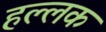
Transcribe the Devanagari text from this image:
हल्लक